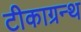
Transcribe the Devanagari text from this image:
टीकाग्रन्थ